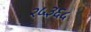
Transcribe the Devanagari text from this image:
२५३६५